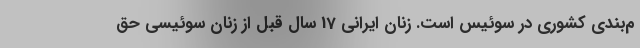
م‌بندی کشوری در سوئیس است. زنان ایرانی 17 سال قبل از زنان سوئیسی حق